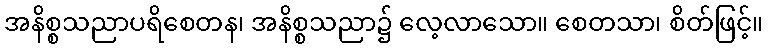
အနိစ္စသညာပရိစေတန၊ အနိစ္စသညာ၌ လေ့လာသော။ စေတသာ၊ စိတ်ဖြင့်။